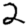
Digit: 2